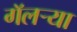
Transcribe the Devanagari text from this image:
गॅलर्‍या